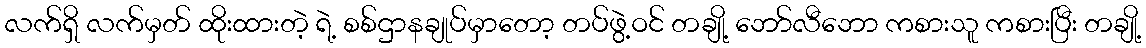
လက်ရှိ လက်မှတ် ထိုးထားတဲ့ ရဲ့ စစ်ဌာနချုပ်မှာတော့ တပ်ဖွဲ့ဝင် တချို့ ဘော်လီဘော ကစားသူ ကစားပြီး တချို့